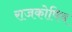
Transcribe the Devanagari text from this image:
राजकोषिय